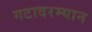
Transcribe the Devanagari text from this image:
गटादरम्यान